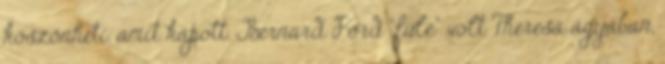
köszönheti, amit kapott. Bernard Ford “füle” volt Theresa ágyában,